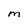
Character: M